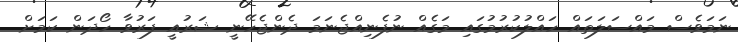
ނަމަވެސް މައްސަލަތައް ހައްލުކުރުމުގައި މަގެއް ނުފެނިއްޖެނަމަ ދެންޖެހޭނީ ޝަރުއީ ފަރުވާ ހޯދަން ކަމަށް